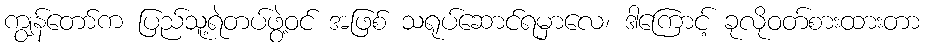
ကျွန်တော်က ပြည်သူ့ရဲတပ်ဖွဲ့ဝင် အဖြစ် သရုပ်ဆောင်ရမှာလေ၊ ဒါကြောင့် ခုလိုဝတ်စားထားတာ